Civil Veterinary Dept. Bombay admin report 1900-1906 - 1900-1906
Year: 1900
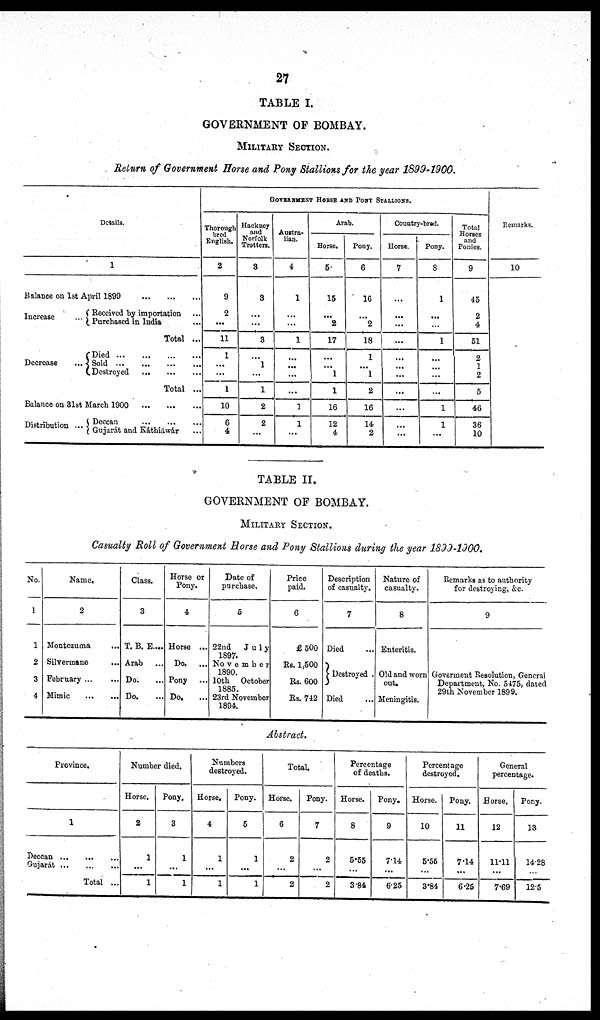
27
TABLE I.
GOVERNMENT OF BOMBAY.
MILITARY SECTION.
Return of Government Horse and Pony Stallions for the year 1899-1900.
Details.
1
Balance on 1st April 1899
...
...
...
Increase
...
Decrease
...
Received by importation ...
Purchased in India ...
Total ...
Died
...
...
...
...
Sold
...
...
..
Destroyed
...
...
...
Total ...
Balance on 31st March 1900
...
...
...
Distribution ...
Deccan
...
...
Gujarát and Káthiáwár ..
GOVERNMENT HORSE AND PONY STALLIONS.
Thorough
bred
English.
2
9
2
...
11
1
...
...
1
10
6
4
Hackney
and
Norfolk
Trotters.
3
3
...
...
3
...
1
...
1
2
2
...
Austra-
lian.
4
1
...
...
1
...
...
...
...
1
1
...
Arab.
Horse.
5-
15
...
2
17
...
...
1
1
16
12
4
Pony.
6
16
...
2
18
1
...
1
2
16
14
2
Country-bred.
Horse.
7
...
...
...
...
...
...
...
...
...
...
Pony.
8
1
...
...
1
...
...
...
1
1
...
Total
Horses
and
Ponies.
9
45
2
4
51
2
1
2
5
46
36
10
Remarks.
10
TABLE II.
GOVERNMENT OF BOMBAY.
MILITARY SECTION.
Casualty Roll of Government Horse and Pony Stallions during the year 1899-1900.
No.
1
1
2
3
4
Name.
2
Montezuma
Silvermane ...
February
...
Mimic
...
Class.
3
T. B. E....
Arab
Do.
Do.
Horse or
Pony.
4
Horse ...
Do. ...
Pony
Do.
Date of
purchase.
5
22nd
July
1897.
November
1890.
10th October
1885.
23rd November
1894.
Price
paid.
6
6500
Rs. 1,500
Rs. 600
Rs. 742
Description
of casualty.
7
Died
Destroyed .
Died
Nature of
casualty.
8
Enteritis.
Old and worn
out.
Meningitis.
Remarks as to authority
for destroying, &c.
9
Goverment Resolution, General
Department, No. 5475, dated
29th November 1899.
Abstract.
Province.
1
Deccan
...
...
...
Gujarat
Total ...
Number died.
Horse.
2
1
...
1
Pony.
3
1
...
1
Numbers
destroyed.
Horse.
4
1
...
1
Pony.
5
1
...
1
Total.
Horse.
6
2
...
2
Pony.
7
2
...
2
Percentage
of deaths.
Horse.
8
5.55
...
3.84
Pony.
9
7.14
...
625
Percentage
destroyed.
Horse.
10
5.55
3.84
Pony.
11
7.14
...
6.25
General
percentage.
Horse.
12
11.11
...
7.69
Pony.
13
14.28
12.5